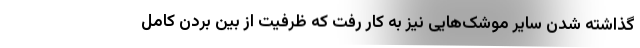
گذاشته شدن سایر موشک‌هایی نیز به کار رفت که ظرفیت از بین بردن کامل